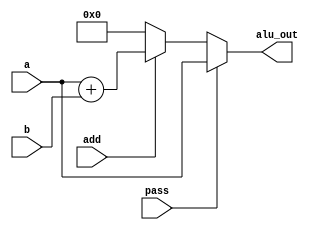

module ALU 
	( 
		input [7:0] a, b, input pass, add, 
		output reg[7:0] alu_out 
	);

	always @(a or b or pass or add)
		if(pass) 
			alu_out = a;
		else if(add) 
			alu_out = a + b;
		else 
			alu_out = 0;

endmodule